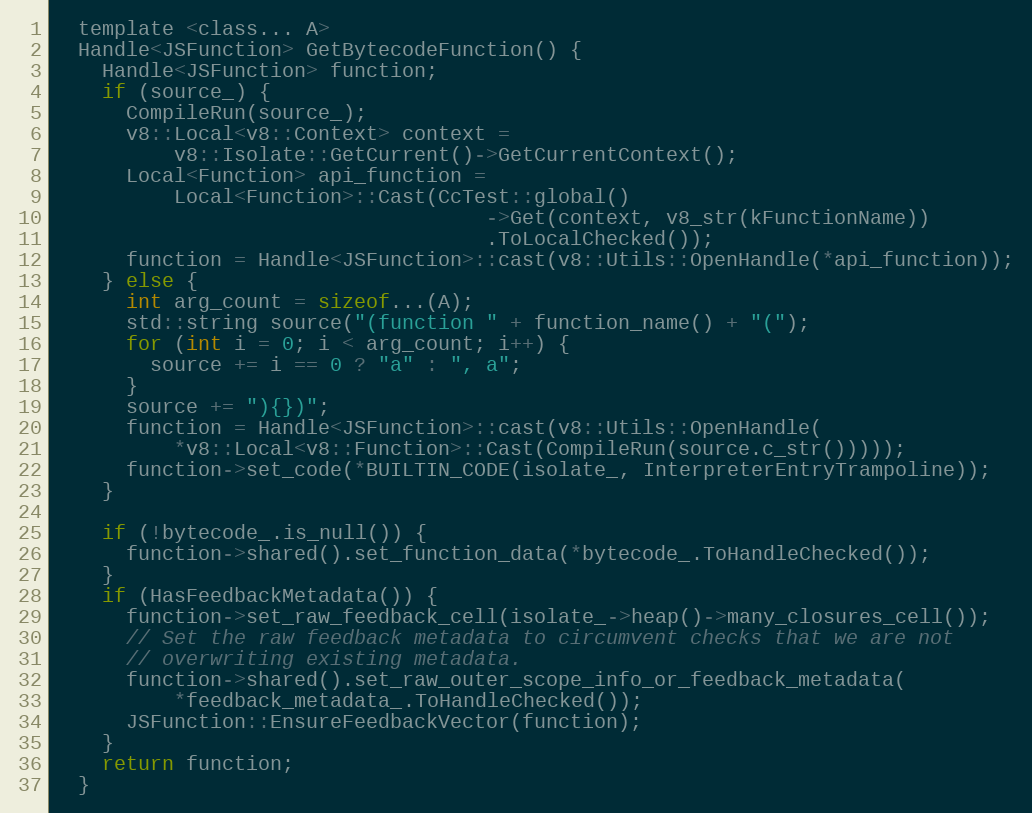
Language: C
  template <class... A>
  Handle<JSFunction> GetBytecodeFunction() {
    Handle<JSFunction> function;
    if (source_) {
      CompileRun(source_);
      v8::Local<v8::Context> context =
          v8::Isolate::GetCurrent()->GetCurrentContext();
      Local<Function> api_function =
          Local<Function>::Cast(CcTest::global()
                                    ->Get(context, v8_str(kFunctionName))
                                    .ToLocalChecked());
      function = Handle<JSFunction>::cast(v8::Utils::OpenHandle(*api_function));
    } else {
      int arg_count = sizeof...(A);
      std::string source("(function " + function_name() + "(");
      for (int i = 0; i < arg_count; i++) {
        source += i == 0 ? "a" : ", a";
      }
      source += "){})";
      function = Handle<JSFunction>::cast(v8::Utils::OpenHandle(
          *v8::Local<v8::Function>::Cast(CompileRun(source.c_str()))));
      function->set_code(*BUILTIN_CODE(isolate_, InterpreterEntryTrampoline));
    }

    if (!bytecode_.is_null()) {
      function->shared().set_function_data(*bytecode_.ToHandleChecked());
    }
    if (HasFeedbackMetadata()) {
      function->set_raw_feedback_cell(isolate_->heap()->many_closures_cell());
      // Set the raw feedback metadata to circumvent checks that we are not
      // overwriting existing metadata.
      function->shared().set_raw_outer_scope_info_or_feedback_metadata(
          *feedback_metadata_.ToHandleChecked());
      JSFunction::EnsureFeedbackVector(function);
    }
    return function;
  }